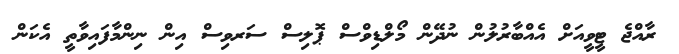
ރާއްޖެ ޓީވީއަށް އެއްބާރުލުން ނުދޭން މޯލްޑިވްސް ޕޮލިސް ސަރވިސް އިން ނިންމާފައިވާތީ އެކަން